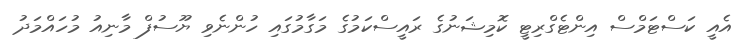
އެއީ ކަސްޓަމްސް އިންޓެގްރިޓީ ކޮމިޝަނުގެ ރައީސްކަމުގެ މަގާމުގައި ހުންނެވި ޔޫސުފް މާނިއު މުހައްމަދު